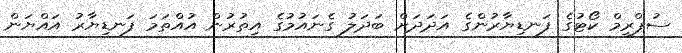
ސުޕްރީމް ކޯޓުގެ ފަނޑިޔާރުންގެ އަދަދަށް ބަދަލު ގެނައުމުގެ އިތުރުން އުއްތަމަ ފަނޑިޔާރު އައްޔަން